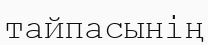
тайпасынің